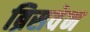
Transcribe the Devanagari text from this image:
ब्रिसवेन